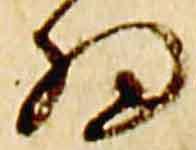
細